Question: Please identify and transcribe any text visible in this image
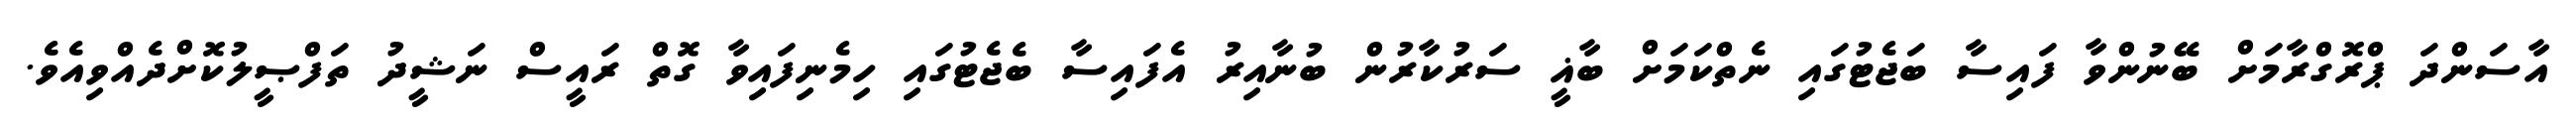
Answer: އާސަންދަ ޕްރޮގްރާމަށް ބޭނުންވާ ފައިސާ ބަޖެޓުގައި ނެތްކަމަށް ބާޣީ ސަރުކާރުން ބުނާއިރު އެފައިސާ ބެޖެޓުގައި ހިމެނިފައިވާ ގޮތް ރައީސް ނަޝީދު ތަފްޞީލުކޮށްދެއްވިއެވެ.